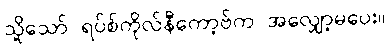
သို့သော် ရပ်စ်ကိုလ်နီကော့ဗ်က အလျှော့မပေး။